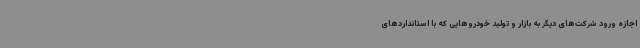
اجازه ورود شرکت‌های دیگر به بازار و تولید خودروهایی که با استانداردهای